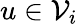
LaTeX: u\in\mathcal{V}_{i}